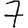
Digit: 7